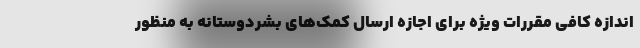
اندازه کافی مقررات ویژه‌ برای اجازه ارسال کمک‌های بشردوستانه به منظور